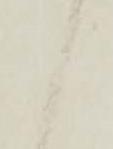
候